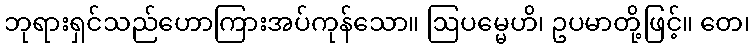
ဘုရားရှင်သည်ဟောကြားအပ်ကုန်သော။ ဩပမ္မေဟိ၊ ဥပမာတို့ဖြင့်။ တေ၊